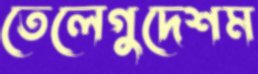
তেলেগুদেশম